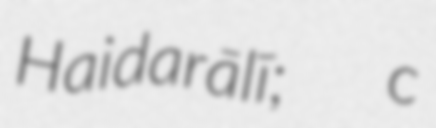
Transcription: Haidarālī;  c